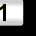
Digit: 1